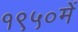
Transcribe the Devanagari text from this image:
१९५०में